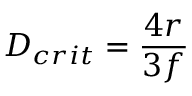
D _ { c r i t } = { \frac { 4 r } { 3 f } } \,